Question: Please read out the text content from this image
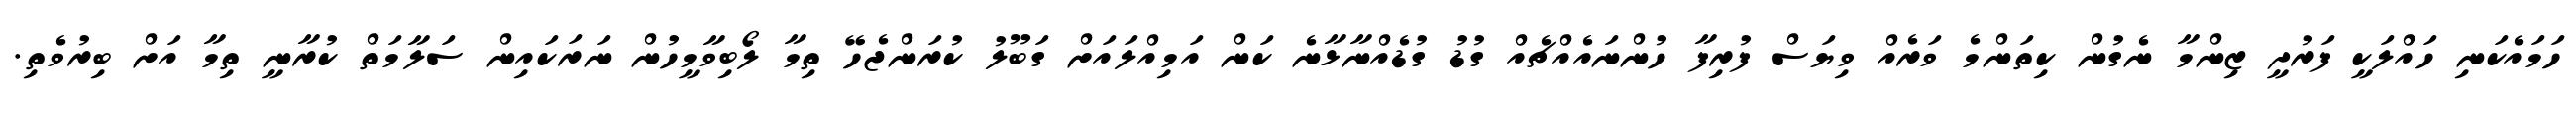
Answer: ހަމައެކަނި ހައްލަކީ ފަރުދީ ޒިންމާ ނެގުން ކިތަންމެ ވަރެއް ވިޔަސް ފުރިފާ ހުންނައެއްޗެއް ގުޑު ގުޑެއްނާޅާނެ ކަން އަމިއްލައަށް ގަބޫލު ކުރަންޖެހޭ ތިމާ ލޯބިވާމީހުން ނަރަކައިން ސަލާމަތް ކުރާނީ ތިމާ އަށް ބިރުވެތި.